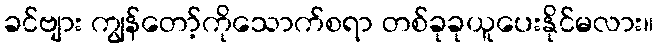
ခင်ဗျား ကျွန်တော့်ကိုသောက်စရာ တစ်ခုခုယူပေးနိုင်မလား။